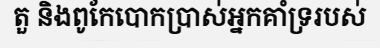
តួ និងពូកែបោកប្រាស់អ្នកគាំទ្ររបស់